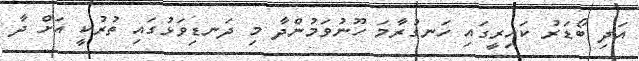
އަދި ބޯޑަރު ކައިރީގައި ހަނގުރާމަ ހޫނުވަމުންދާ މި ދަނޑިވަޅުގައި ތުރުކީ އަށް ދާ